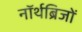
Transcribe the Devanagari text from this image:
नॉर्थब्रिजों